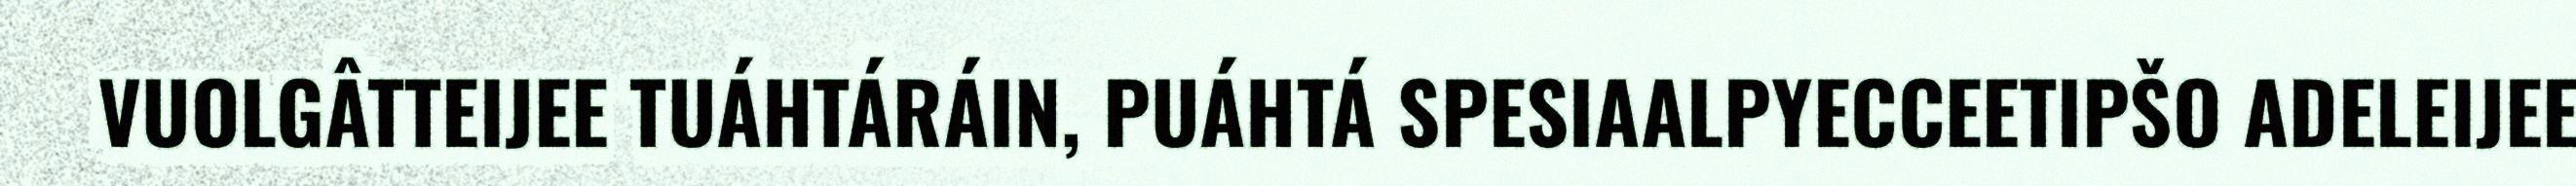
VUOLGÂTTEIJEE TUÁHTÁRÁIN, PUÁHTÁ SPESIAALPYECCEETIPŠO ADELEIJEE